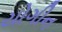
યોગીન